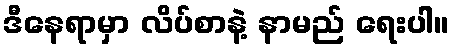
ဒီနေရာမှာ လိပ်စာနဲ့ နာမည် ရေးပါ။